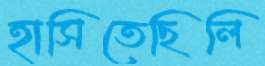
হাসিতেছিলি